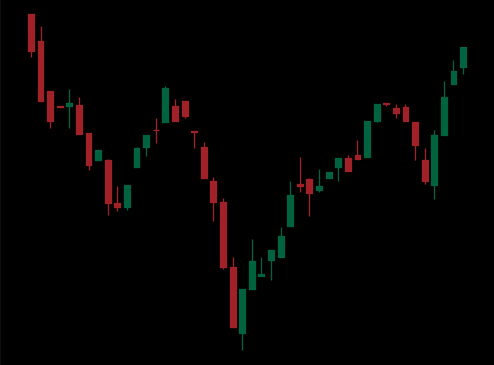
Pattern: inverse_head_shoulders